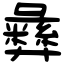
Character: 彝